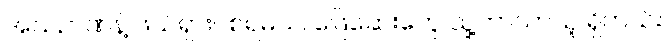
အသိဉာဏ်နဲ့ ဖယ်ရှားပစ်ရမယ်၊ ဖြေဆေးတွေ သူ့ဘာသာသူ ရှိတယ်။